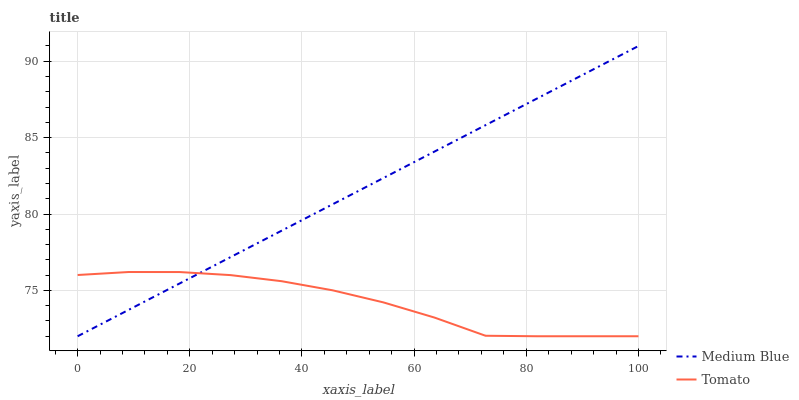
| xaxis_label | Medium Blue | Tomato |
 | --- | --- | --- |
 | 0 | 72 | 76 |
 | 9.09 | 73.7 | 76.2 |
 | 18.2 | 75.5 | 76.2 |
 | 27.3 | 77.2 | 76 |
 | 36.4 | 78.9 | 75.6 |
 | 45.5 | 80.6 | 75 |
 | 54.5 | 82.4 | 74.2 |
 | 63.6 | 84.1 | 73.2 |
 | 72.7 | 85.8 | 72 |
 | 81.8 | 87.5 | 72 |
 | 90.9 | 89.3 | 72 |
 | 100 | 91 | 72 |